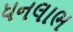
ધનલાભ